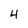
Character: 4